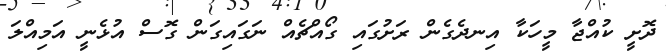
ދޮށީ ކުއްޖާ މީހަކާ އިނދެގެން ރަށުގައި ގޯއްޗެއް ނަގައިގަން ގޮސް އުޅެނީ އަމިއްލަ